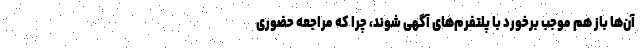
آن‌ها باز هم موجب برخورد با پلتفرم‌های آگهی شوند، چرا که مراجعه حضوری